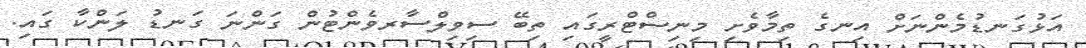
އަޅުގަނޑުމެންނަށް އިނގެ ތިމާވެށި މިނިސްޓްރީގައި ތިބޭ ސިވިލްސާރވެންޓުން ގަންނަ ގަނޑު ލަންކާ ގައި.